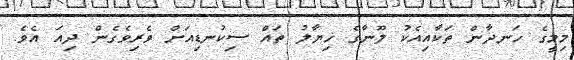
މިމީގެ ހަނދާން ތަކާއިއެކު ލޫނާގެ ޚިޔާލު ތައް ސިކުނޑިއަށް ވެރިވެގެން ދިއަ އެވެ.